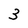
Character: 3